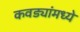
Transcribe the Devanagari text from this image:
कवड्यांमध्ये